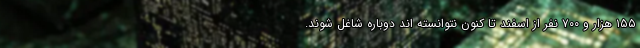
۱۵۵ هزار و ۷۰۰ نفر از اسفند تا کنون نتوانسته اند دوباره شاغل شوند.